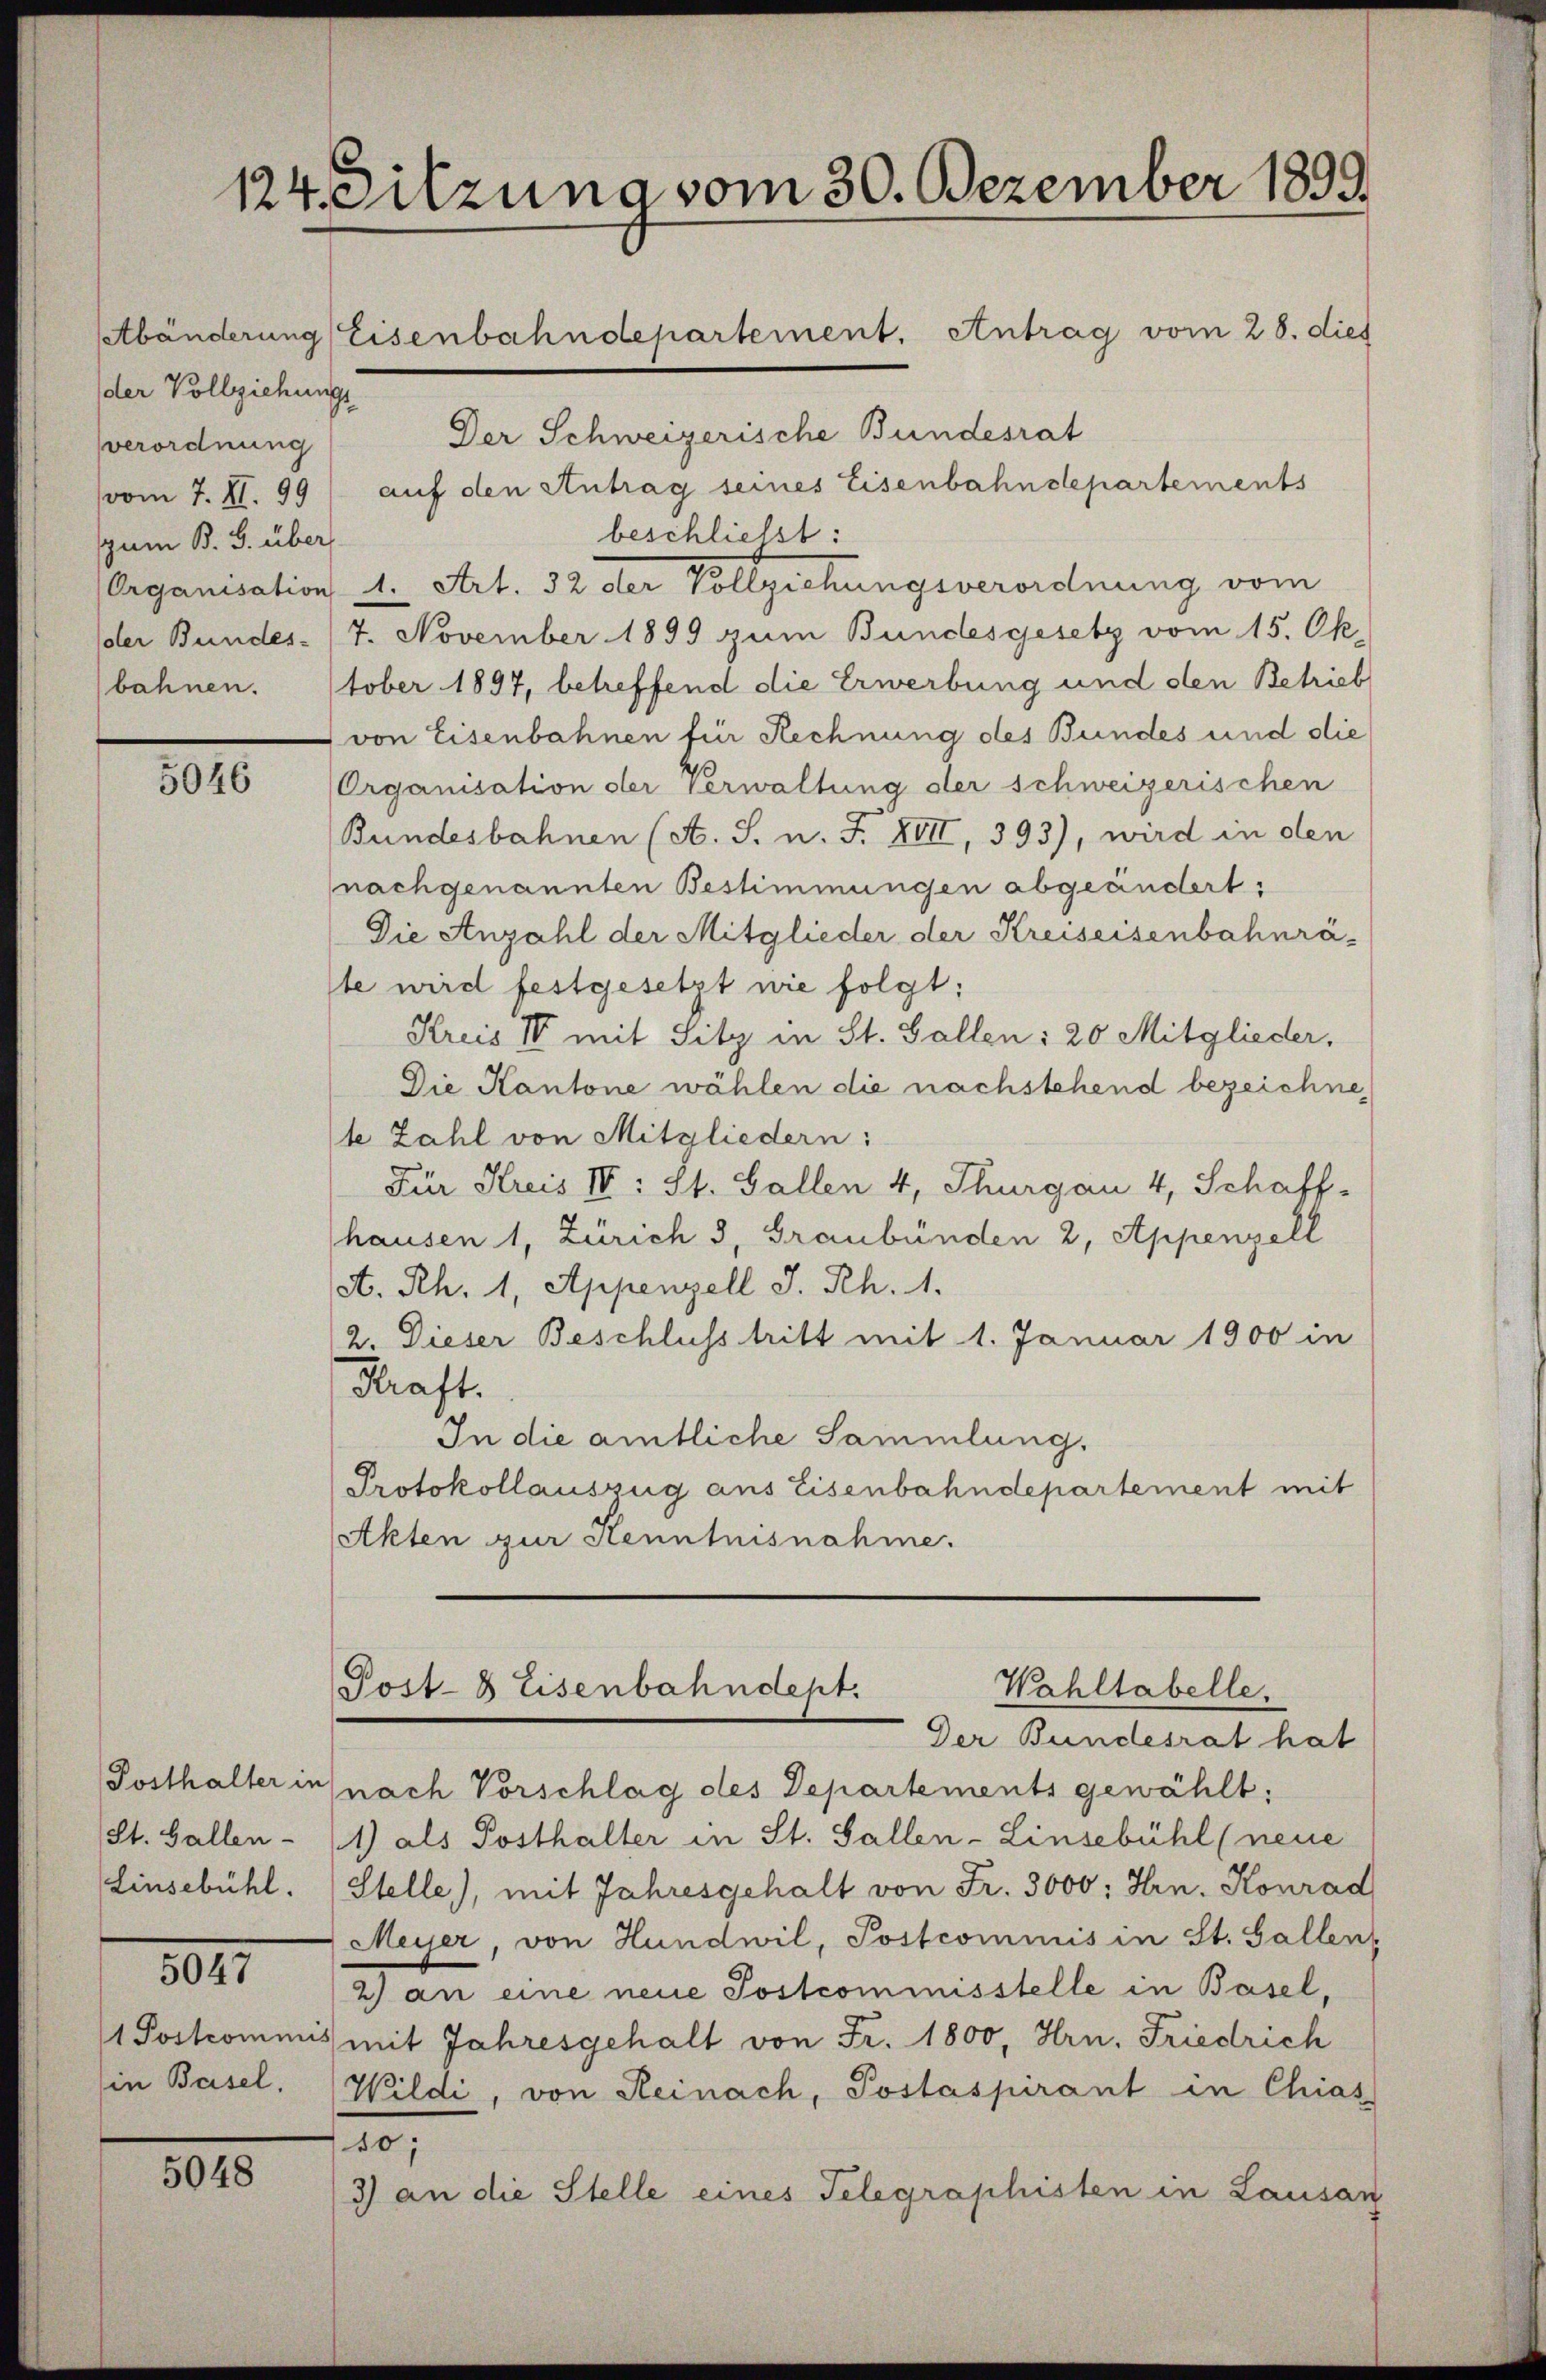
sverordnung
zum B. G. über

100.

St. Gallen-
Linsebühl.

8047

in Basel,

5048

124. Sitzung vom 30. Dezember 1899.
Abänderung Eisenbahndepartement. Antrag vom 28. dies
der Vollziehungs

Der Schweizerische Bundesrat
vom 7. X. 99) auf den Antrag seines Eisenbahndepartements
beschliesst:
Organisation 4. Art. 32 der Vollziehungsverordnung vom
dler Bundes- /7. November 1899 zum Bundesgesetz vom 15. Ok-
bahnen. Stober 1897, betreffend die Erwerbung und den Betrieb
von Eisenbahnen für Rechnung des Bundes und die
Organisation ober Verwaltung der schweizerischen
Bundesbahnen (A. J. n. F. XIII, 393), wird in den
(nach genannten Bestimmungen abgeändert:
Die Anzahl der Mitglieder der Kreiseisenbahnrä-
te wird festgesetzt wie folgt:
Kreis II mit Sitz in St. Gallen: 20 Mitglieder,
Die Kantone wählen die nachstehend bezeichne,
te Zahl von Mitgliedern:
Für Kreis IV: St. Gallen 4, Thurgau 4, Schaff-
hausen 1, Zürich 3, Graubünden 2, Appenzell
st. Rh. 1, Appenzell I. Rh. 1.
2. Dieser Beschluss tritt mit 1. Januar 1900 in
Kraft.
In die amtliche Sammlung.
Protokollauszug aus Eisenbahndepartement mit
Akten zur Kenntnisnahme.

Wahltabelle.
Post- & Eisenbahndept.

Der Bundesrat hat
Posthalter in nach Vorschlag des Departements gewählt;
1) als Posthalter in St. Gallen-Linsebühl (neue
Stelle), mit Jahresgehalt von Fr. 3000; Hrn. Konrad
Meyer, von Hundwil, Postcommis in St. Gallen,
2) an eine neue Postcommisstelle in Basel,
1 Postcommis mit Jahresgehalt von Fr. 1800, Hrn. Friedrich
Wildi, von Reinach, Postaspirant in Chias
10;
3) an die Stelle eines Telegraphisten in Lausan